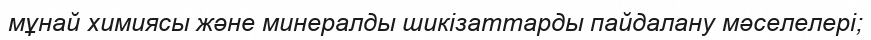
мұнай химиясы және минералды шикізаттарды пайдалану мәселелері;